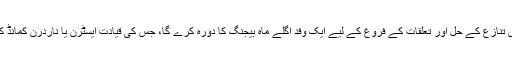
چین کے ساتھ سرحدی تنازع کے حل اور تعلقات کے فروغ کے لیے ایک وفد اگلے ماہ بیجنگ کا دورہ کرے گا، جس کی قیادت ایسٹرن یا ناردرن کمانڈ کے سربراہ کریں گے۔